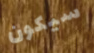
سيكون